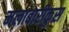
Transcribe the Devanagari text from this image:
मलाबारीकुस